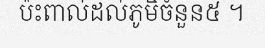
ប៉ះពាល់ដល់ភូមិចំនួន៥ ។